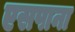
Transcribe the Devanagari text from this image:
एसपाना